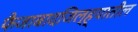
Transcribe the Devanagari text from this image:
फैजाबादजिल्ह्यातील